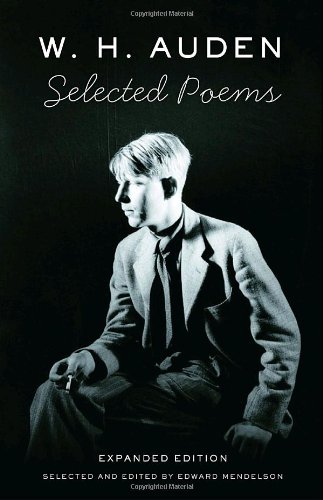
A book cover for Selected Poems; W. H. Auden; Literature & Fiction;